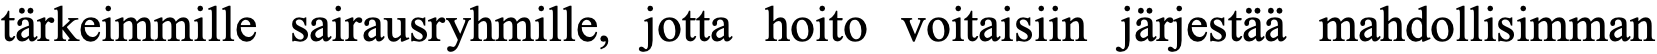
tärkeimmille sairausryhmille, jotta hoito voitaisiin järjestää mahdollisimman